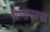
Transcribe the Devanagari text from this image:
सल्तनतचा